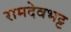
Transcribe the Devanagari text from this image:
रामदेवभट्ट